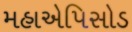
મહાએપિસોડ